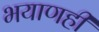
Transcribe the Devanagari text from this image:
भयाणही